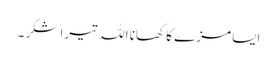
ایسا مزے کا کھانا اللہ تیرا شکر ۔